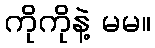
ကိုကိုနဲ့ မမ။